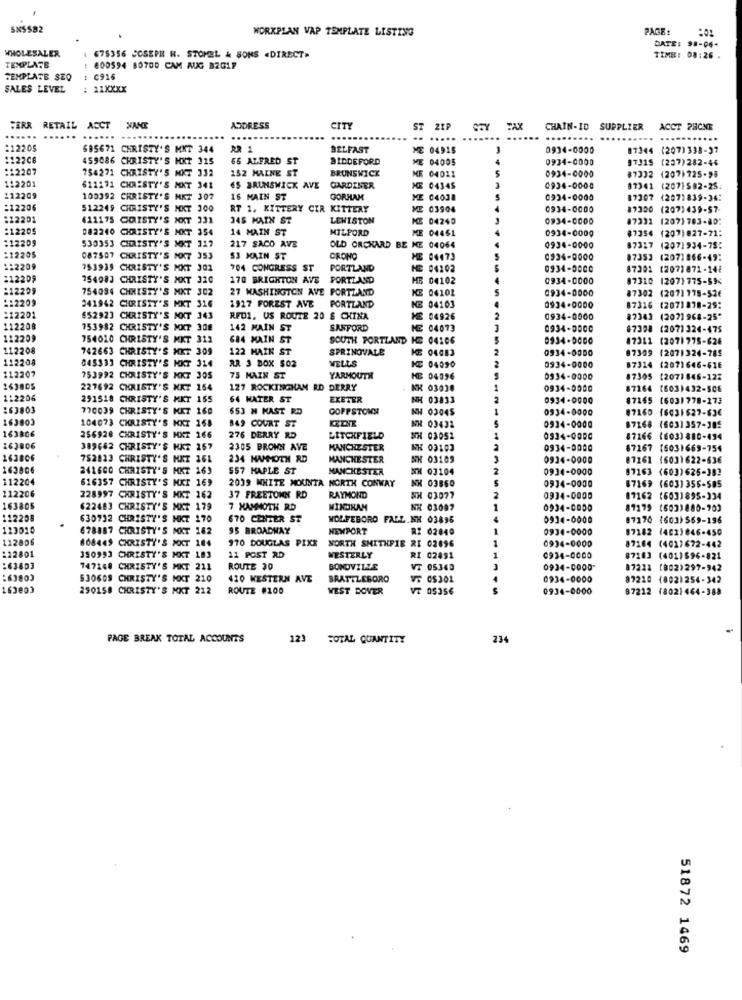
SNSSB2
WORKPLAN VAP TEMPLATE LISTING
PAGE!
DATE: 98-06-
WHOLESALER
675356 JOSEPH H. STOMEL & SONS .DIRECT.
TIME: 08:26 .
TEMPLATE
: 800594 80700 CAM AUG 32017
TEMPLATE SEQ
1 0916
SALES LEVEL
: 11XXXX
FERR
RETAIL ACCT
ACCT XANE
ADDRESS
CITY
ST
21P
CHAIN-ID SUPPLIER
ACCT PHONE
......
.....
.. .....
...
:12205
595671 CHRISTY'S MKT 344
RR 1
BELFAST
ME 04915
3
0934-0000
07344 (207)338-37
1122C6
459686 CHRISTY'S MXT 315
65 ALFRED ST
BIDDEFORD
ME 04005
0934-0000
97315 (207)282-46
:12207
754271 CHRISTY'S NKT 332
152 MALNE ST
BRUNSWICK
ME 04011
0934-0000
112201
--
(207)725-98
611271 CHRISTY'S MKT 341
ES BRUNSWICK AVE
GARDINER
ME 04345
0934-0000
87341
(207]$82-25.
112209
100392 CHRISTY'S MKT 307
16 MAIN ST
GORHAM
ME 04038
0934-0000
87307
(2071839-34:
:12206
512249 CHRISTY'S MKT 300
RT 1. KITTERY CIR KITTERY
03904
0934-0000
89300
(207)439-57-
:22201
(11175 COISTY'S NXT 331
345 MAIN ST
LEWISTON
KE 04240
0934-0000
17331 (207) 783-80:
:12205
082240 CHRISTY'S MKT 354
14 MAIM ST
MILFORD
0934-0000
87354 (207)827-71:
:12209
530353
CHRISTY'S MKT 317
ME 04461
217 SACO AVE
OLD ORCHARD BE ME 04064
0934-0000
873:7
(2071934-78:
:12205
087507 CHRISTY'S MKT 353
S3 MAIN ST
CRONO
04473
0934-0000
07353 (207)866-49:
1:2209
753939 CHRISTY'S MKT 301
704 CONGRESS ST
PORTLAND
HE 04202
0934-0000
87301 (207)871-148
212209
75498J CHRISTY'S MXT
320
170 BRIGHTON AVE
PORTLAND
HB 04102
0934-0000
87310
1207) 775-594
:12209
754094 CHRISTY'S MKT 302
27 WASHINGTON AVE PORTLAND
04101
0934-0000
87302 (207)175-526
:12209
341942 CHRISTY'S MKT 316
:12201
1917 FOREST AVE PORTLAND
NE 04103
0934-0000
87316 (207)878-29:
652923 CHRISTY'S NOT 343
RFDI. US ROUTE 20 S CHINA
04926
0934-0000
#2343
87343 (2071 968-25"
112208
753982 CHRISTY'S NXT 308
142 MAIN ST
SANFORD
KE 04073
0934-0000
67308
(207) 324-475
112209
754010 CHRISTY'S MKT 312
684 MAIN ST
SOUTH PORTLAND
04106
0934-5000
17311
(2071775-626
112208
742663
CHRISTY'S HET 309
122 MAIN ST
SPRINGVALE
04083
0934-0000
87309
(207)324-785
112208
RR 3 BOX 502
WELLS
0934-0000
112207
045333 CHRISTY'S HKT 314
KE 04090
87314 (2071646-616
753992 CKRISTY'S MKT 305
75 MAIN ST
YARMOUTH
KE 04596
0334-0000
87305 (2071846-122
163805
227692 CHRISTY'S MKT 154
127 ROCKINGHAM RD DERRY
KK 03038
0934-0000
87164 [603)432-506
1:2206
291518 CHRISTY'S MKT 155
64 WATER ST
EXETER
NK 03833
0934-0000
87165
(6031778-273
263803
770039 CHRISTY'S KET 160
653 N MAST RD
GOFFSTOWN
NH 03045
0934-0000
87160
16031627-63€
163803
104073 CHRISTY'S KKT 168
849 COURT ST
0934-0000
87268
163806
03431
(603) 357-305
256928 CHRISTY'S MXT 166
276 DERRY RD
LITCHFIELD
SH 03052
0934-0000
87166 (603)880-434
163806
389662 CHRISTY'S HKT 157
2305 BROWN AVE
MANCHESTER
NK 03103
0934-0000
87167 (6031669-754
163806
752023 CHRISTY'S MXT 161
234 MAMMOTH RD
MANCHESTER
SH 03189
0934-0000
07161 (6031622-636
163806
241600 CHRISTY'S MKT 163
557 MAPLE ST
MANCHESTER
NH 03104
0934-0000
87163 (6031625-382
87163
112204
616357 CHRISTY'S MKI 169
2039 WHITE MOUNTA NORTH CONWAY
0934-0000
87169 (6031356-585
112206
NK 03860
228997 CHRISTY'S MKT 162
37 FREETOWN RD
RAYMOND
SH 03077
0934-0000
07162 (603)895-334
163805
(22483 CHRISTY'S MKT 179
7 MAMMOTH RD
WINDHAM
NH 03097
0934-0000
81179 (603)880-903
112208
630732 CHRISTY'S
NICT
170
670 CENTER ST
WOLFEBORO FALL.NH 03896
H 03896
0914-0000
87170 (603)569-196
113010
678887 CHRISTY'S MKT 182
95 BROADWAY
NEWPORT
RI 02840
0934-0000
87182 (402)846-450
112806
808449 CHRISTY'S NEXT 104
170 DOUGLAS PIXE
NORTH SMITHPIE RI 02696
0934-0000
:12801
87164 (402)672-442
350993 CHRISTY'S MKT
11 POST RD
WESTERLY
RI 02491
0934-0000
87103 (401)596-821
147148 CHRISTY'S MKT 211
ROUTE 30
BONDVILLE
VT 0534D
0934-0000"
87211 (802)297-942
$30609 CHRISTY'S MKT 210
420 WESTERN AVE
BRATTLEBORO
VE CS301
0934-0000
87210 (802)254-342
163003
290158 CHRISTY'S MKT 212
ROUTE #100
WEST DOVER
VT 05356
0934-0000
87212 (8021464-388
PAGE BREAK TOTAL ACCOUNTS
123 SOTAL QUANTITY
234
51872 1469